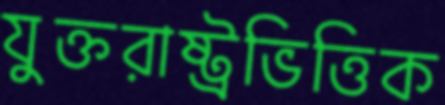
যুক্তরাষ্ট্রভিত্তিক